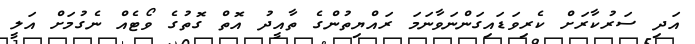
އަދި ސަރުކާރަށް ކެރިވަޑައިގަންނަވާނަމަ ރައްޔިތުންގެ ތާއީދު އޮތް ގޮތުގެ ވޯޓެއް ނެގުމަށް އަލީ